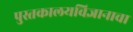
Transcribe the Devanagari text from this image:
पुस्तकालयविज्ञानाचा